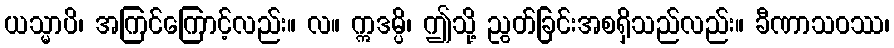
ယသ္မာပိ၊ အကြင်ကြောင့်လည်း။ လ။ ဣဒမ္ပိ၊ ဤသို့ ညွတ်ခြင်းအစရှိသည်လည်း။ ခီဏာသဝဿ၊